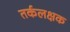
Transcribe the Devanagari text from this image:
तर्कलक्षक